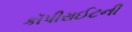
કૉપીરાઈટની